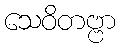
သေဝိတဗ္ဗာ